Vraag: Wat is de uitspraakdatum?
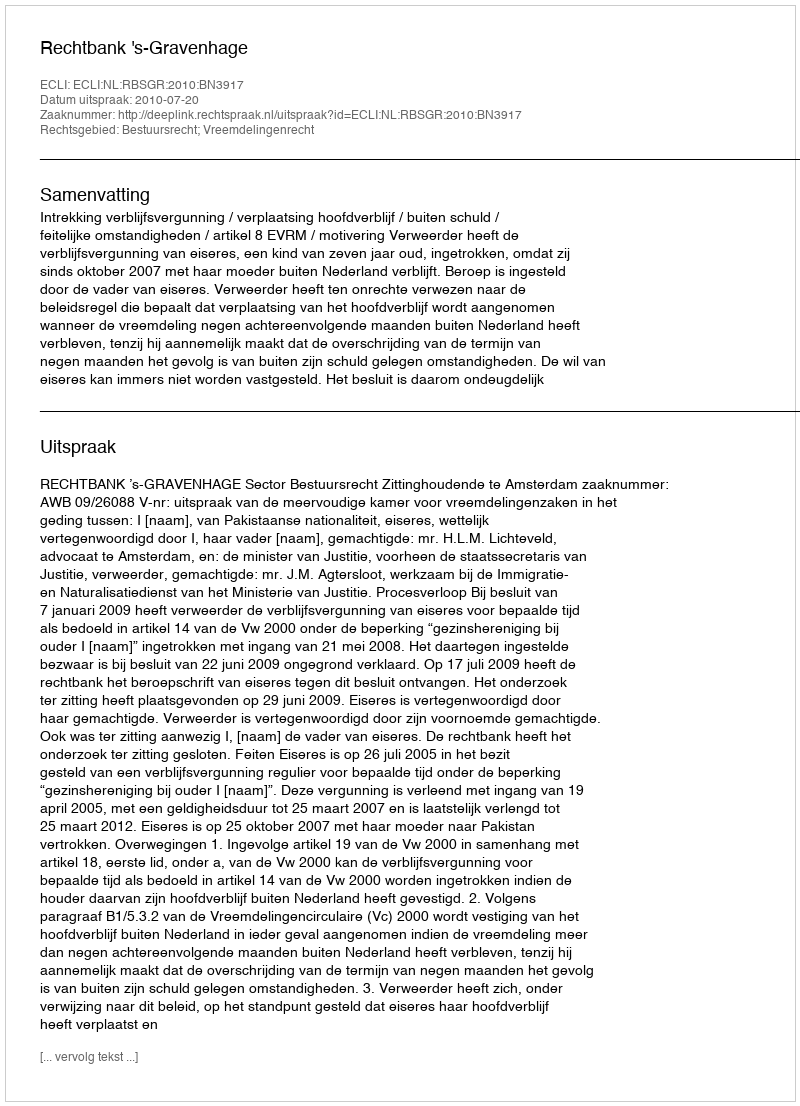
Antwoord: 2010-07-20